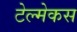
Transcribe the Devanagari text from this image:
टेल्मेकस